Civil Veterinary Dept. Bombay admin report 1893-99 - 1893-1899
Year: 1893
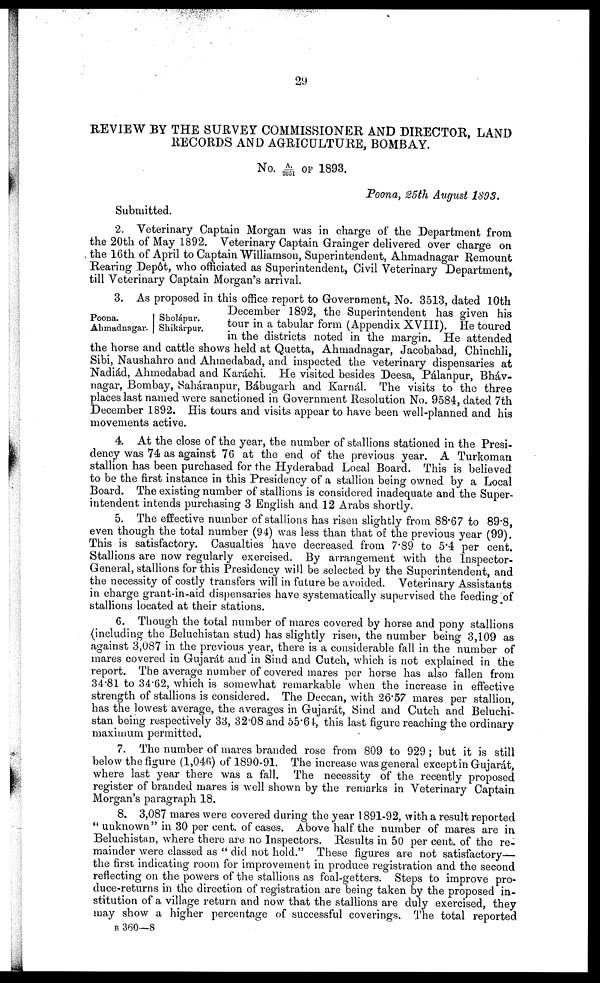
29
REVIEW BY THE SURVEY COMMISSIONER AND DIRECTOR, LAND
RECORDS AND AGRICULTURE, BOMBAY.
No. A/2651 OF 1893.
Poona, 25th August 1893.
Submitted.
2. Veterinary Captain Morgan was in charge of the Department from
the 20th of May 1892. Veterinary Captain Grainger delivered over charge on
the 16th of April to Captain Williamson, Superintendent, Ahmadnagar Remount
Rearing Depôt, who officiated as Superintendent, Civil Veterinary Department,
till Veterinary Captain Morgan's arrival.
Poona.
Ahmadnagar.
Sholápur.
Shikárpur.
3. As proposed in this office report to Government, No. 3513, dated 10th
December 1892, the Superintendent has given his
tour in a tabular form (Appendix XVIII). He toured
in the districts noted in the margin. He attended
the horse and cattle shows held at Quetta, Ahmadnagar, Jacobabad, Chinchli,
Sibi, Naushahro and Ahmedabad, and inspected the veterinary dispensaries at
Nadiád, Ahmedabad and Karáchi. He visited besides Deesa, Pálanpur, Bháv-
nagar, Bombay, Saháranpur, Bábugarh and Karnál. The visits to the three
places last named were sanctioned in Government Resolution No. 9584, dated 7th
December 1892. His tours and visits appear to have been well-planned and his
movements active.
4. At the close of the year, the number of stallions stationed in the Presi-
dency was 74 as against 76 at the end of the previous year. A Turkoman
stallion has been purchased for the Hyderabad Local Board. This is believed
to be the first instance in this Presidency of a stallion being owned by a Local
Board. The existing number of stallions is considered inadequate and the Super-
intendent intends purchasing 3 English and 12 Arabs shortly.
5. The effective number of stallions has risen slightly from 88.67 to 89.8,
even though the total number (94) was less than that of the previous year (99).
This is satisfactory. Casualties have decreased from 7.89 to 5.4 per cent.
Stallions are now regularly exercised. By arrangement with the Inspector-
General, stallions for this Presidency will be selected by the Superintendent, and
the necessity of costly transfers will in future be avoided. Veterinary Assistants
in charge grant-in-aid dispensaries have systematically supervised the feeding of
stallions located at their stations.
6. Though the total number of mares covered by horse and pony stallions
(including the Beluchistan stud) has slightly risen, the number being 3,109 as
against 3,087 in the previous year, there is a considerable fall in the number of
mares covered in Gujarát and in Sind and Cutch, which is not explained in the
report. The average number of covered mares per horse has also fallen from
34.81 to 34.62, which is somewhat remarkable when the increase in effective
strength of stallions is considered. The Deccan, with 26.57 mares per stallion,
has the lowest average, the averages in Gujarát, Sind and Cutch and Beluchi-
stan being respectively 33, 32.08 and 55.64, this last figure reaching the ordinary
maximum permitted.
7. The number of mares branded rose from 809 to 929; but it is still
below the figure (1,046) of 1890-91. The increase was general except in Gujarát,
where last year there was a fall. The necessity of the recently proposed
register of branded mares is well shown by the remarks in Veterinary Captain
Morgan's paragraph 18.
8. 3,087 mares were covered during the year 1891-92, with a result reported
"unknown" in 30 per cent. of cases. Above half the number of mares are in
Beluchistan, where there are no Inspectors. Results in 50 per cent. of the re-
mainder were classed as "did not hold." These figures are not satisfactory—
the first indicating room for improvement in produce registration and the second
reflecting on the powers of the stallions as foal-getters. Steps to improve pro-
duce-returns in the direction of registration are being taken by the proposed in-
stitution of a village return and now that the stallions are duly exercised, they
may show a higher percentage of successful coverings. The total reported
B 360—8